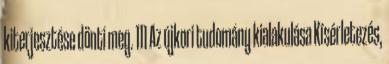
kiterjesztése dönti meg. 111 Az újkori tudomány kialakulása Kísérletezés,